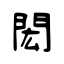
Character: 閎